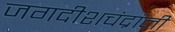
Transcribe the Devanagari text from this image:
जगदीशचंद्रांनी